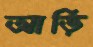
আড়ি